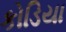
કોડિયા